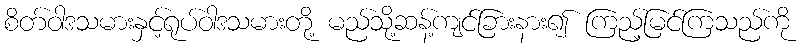
စိတ်ဝါဒသမားနှင့်ရုပ်ဝါဒသမားတို့ မည်သို့ဆန့်ကျင်ခြားနား၍ ကြည့်မြင်ကြသည်ကို